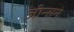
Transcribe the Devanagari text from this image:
जीन्सने